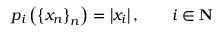
p _ { i } \left( \left\{ x _ { n } \right\} _ { n } \right) = \left| x _ { i } \right| , \qquad i \in \mathbf { N }